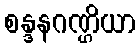
စန္ဒနဂဏ္ဌိယာ